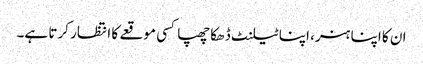
ان کا اپنا ہنر، اپنا ٹیلنٹ ڈھکا چھپا کسی موقعے کا انتظار کرتا ہے۔